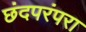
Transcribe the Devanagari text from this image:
छंदपरंपरा